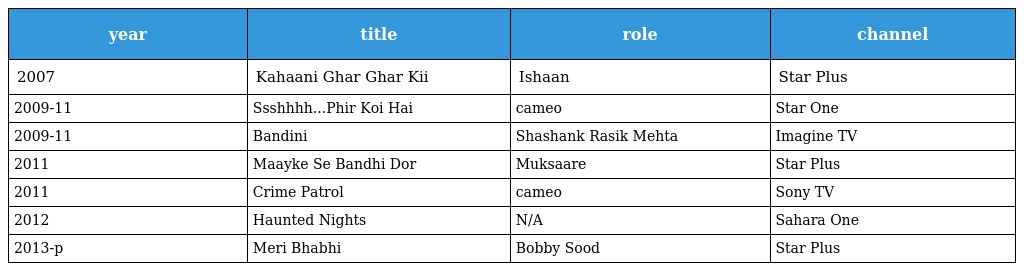
| year | title | role | channel |
 | --- | --- | --- | --- |
 | 2007 | Kahaani Ghar Ghar Kii | Ishaan | Star Plus |
 | 2009-11 | Ssshhhh...Phir Koi Hai | cameo | Star One |
 | 2009-11 | Bandini | Shashank Rasik Mehta | Imagine TV |
 | 2011 | Maayke Se Bandhi Dor | Muksaare | Star Plus |
 | 2011 | Crime Patrol | cameo | Sony TV |
 | 2012 | Haunted Nights | N/A | Sahara One |
 | 2013-p | Meri Bhabhi | Bobby Sood | Star Plus |